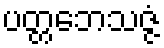
ပတ္တဘေသဇ္ဇံ